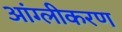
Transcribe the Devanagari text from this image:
आंग्लीकरण